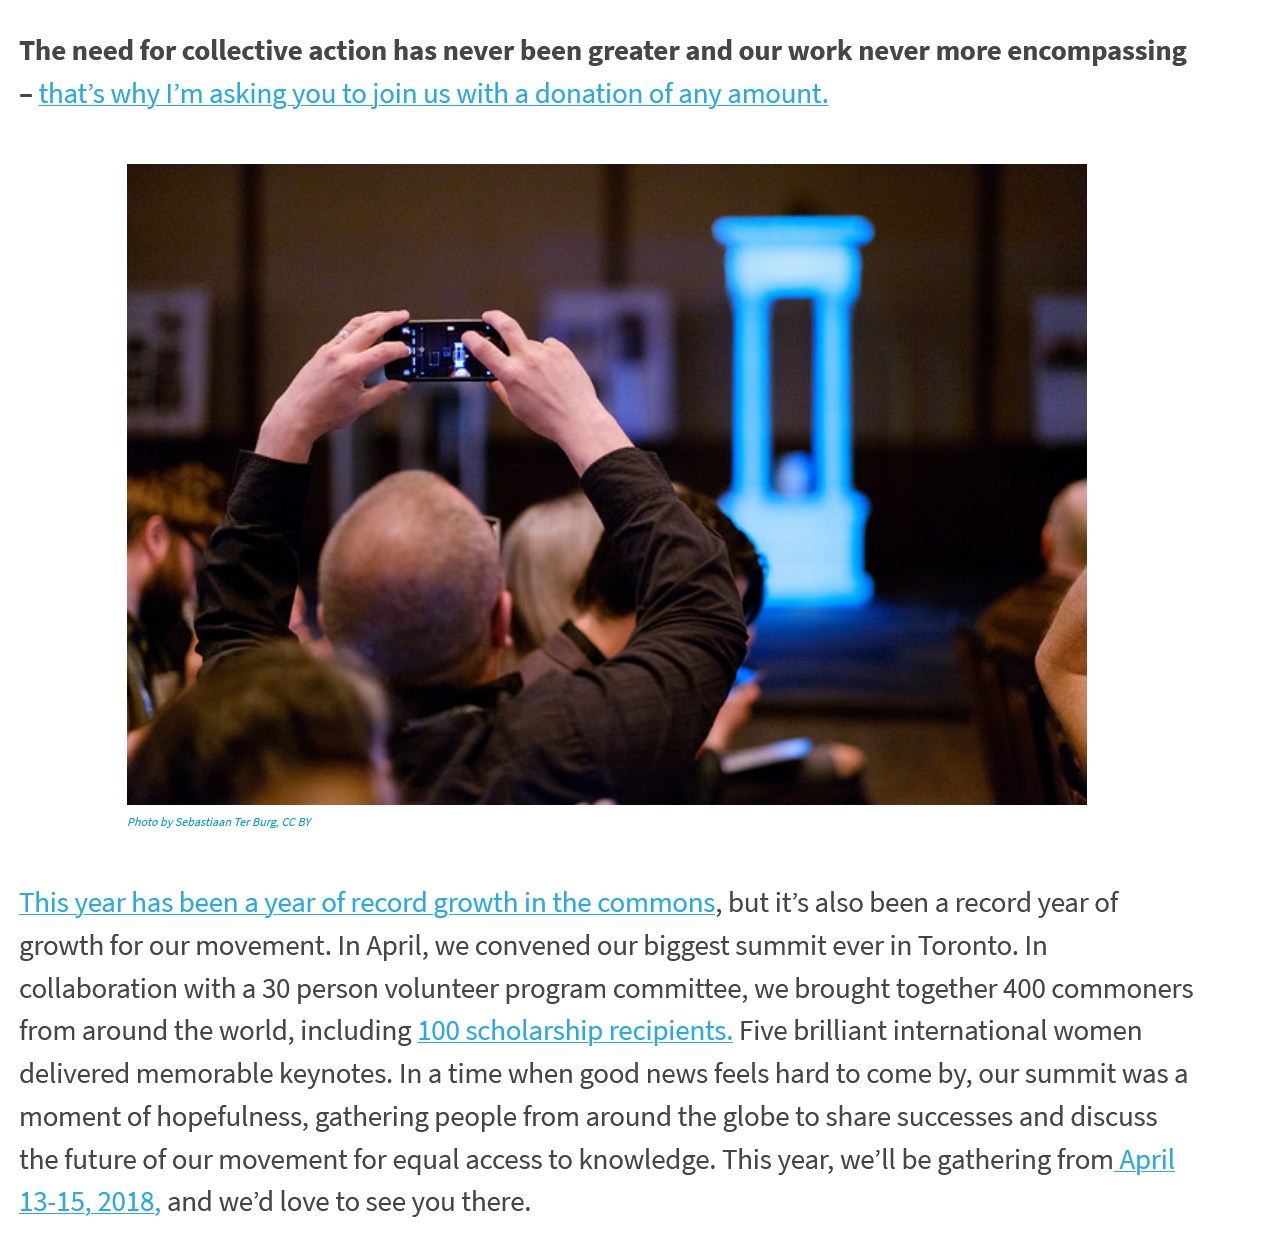
The need for collective action has never been greater and our work never more encompassing
   that’s why I’m asking you to join us with a donation of any amount.

     Photo by Sebastiaan Ter Burg, CC BY
  This year has been a year of record growth in the commons, but it’s also been a record year of

  growth for our movement. In April, we convened our biggest summit ever in Toronto. In
  collaboration with a 30 person volunteer program committee, we brought together 400 commoners
  from around the world, including 100 scholarship recipients. Five brilliant international women
  delivered memorable keynotes. In a time when good news feels hard to come by, our summit was a
  moment of hopefulness, gathering people from around the globe to share successes and discuss
  the future of our movement for equal access to knowledge. This year, we'll be gathering from April
  13-15, 2018, and we’d love to see you there.